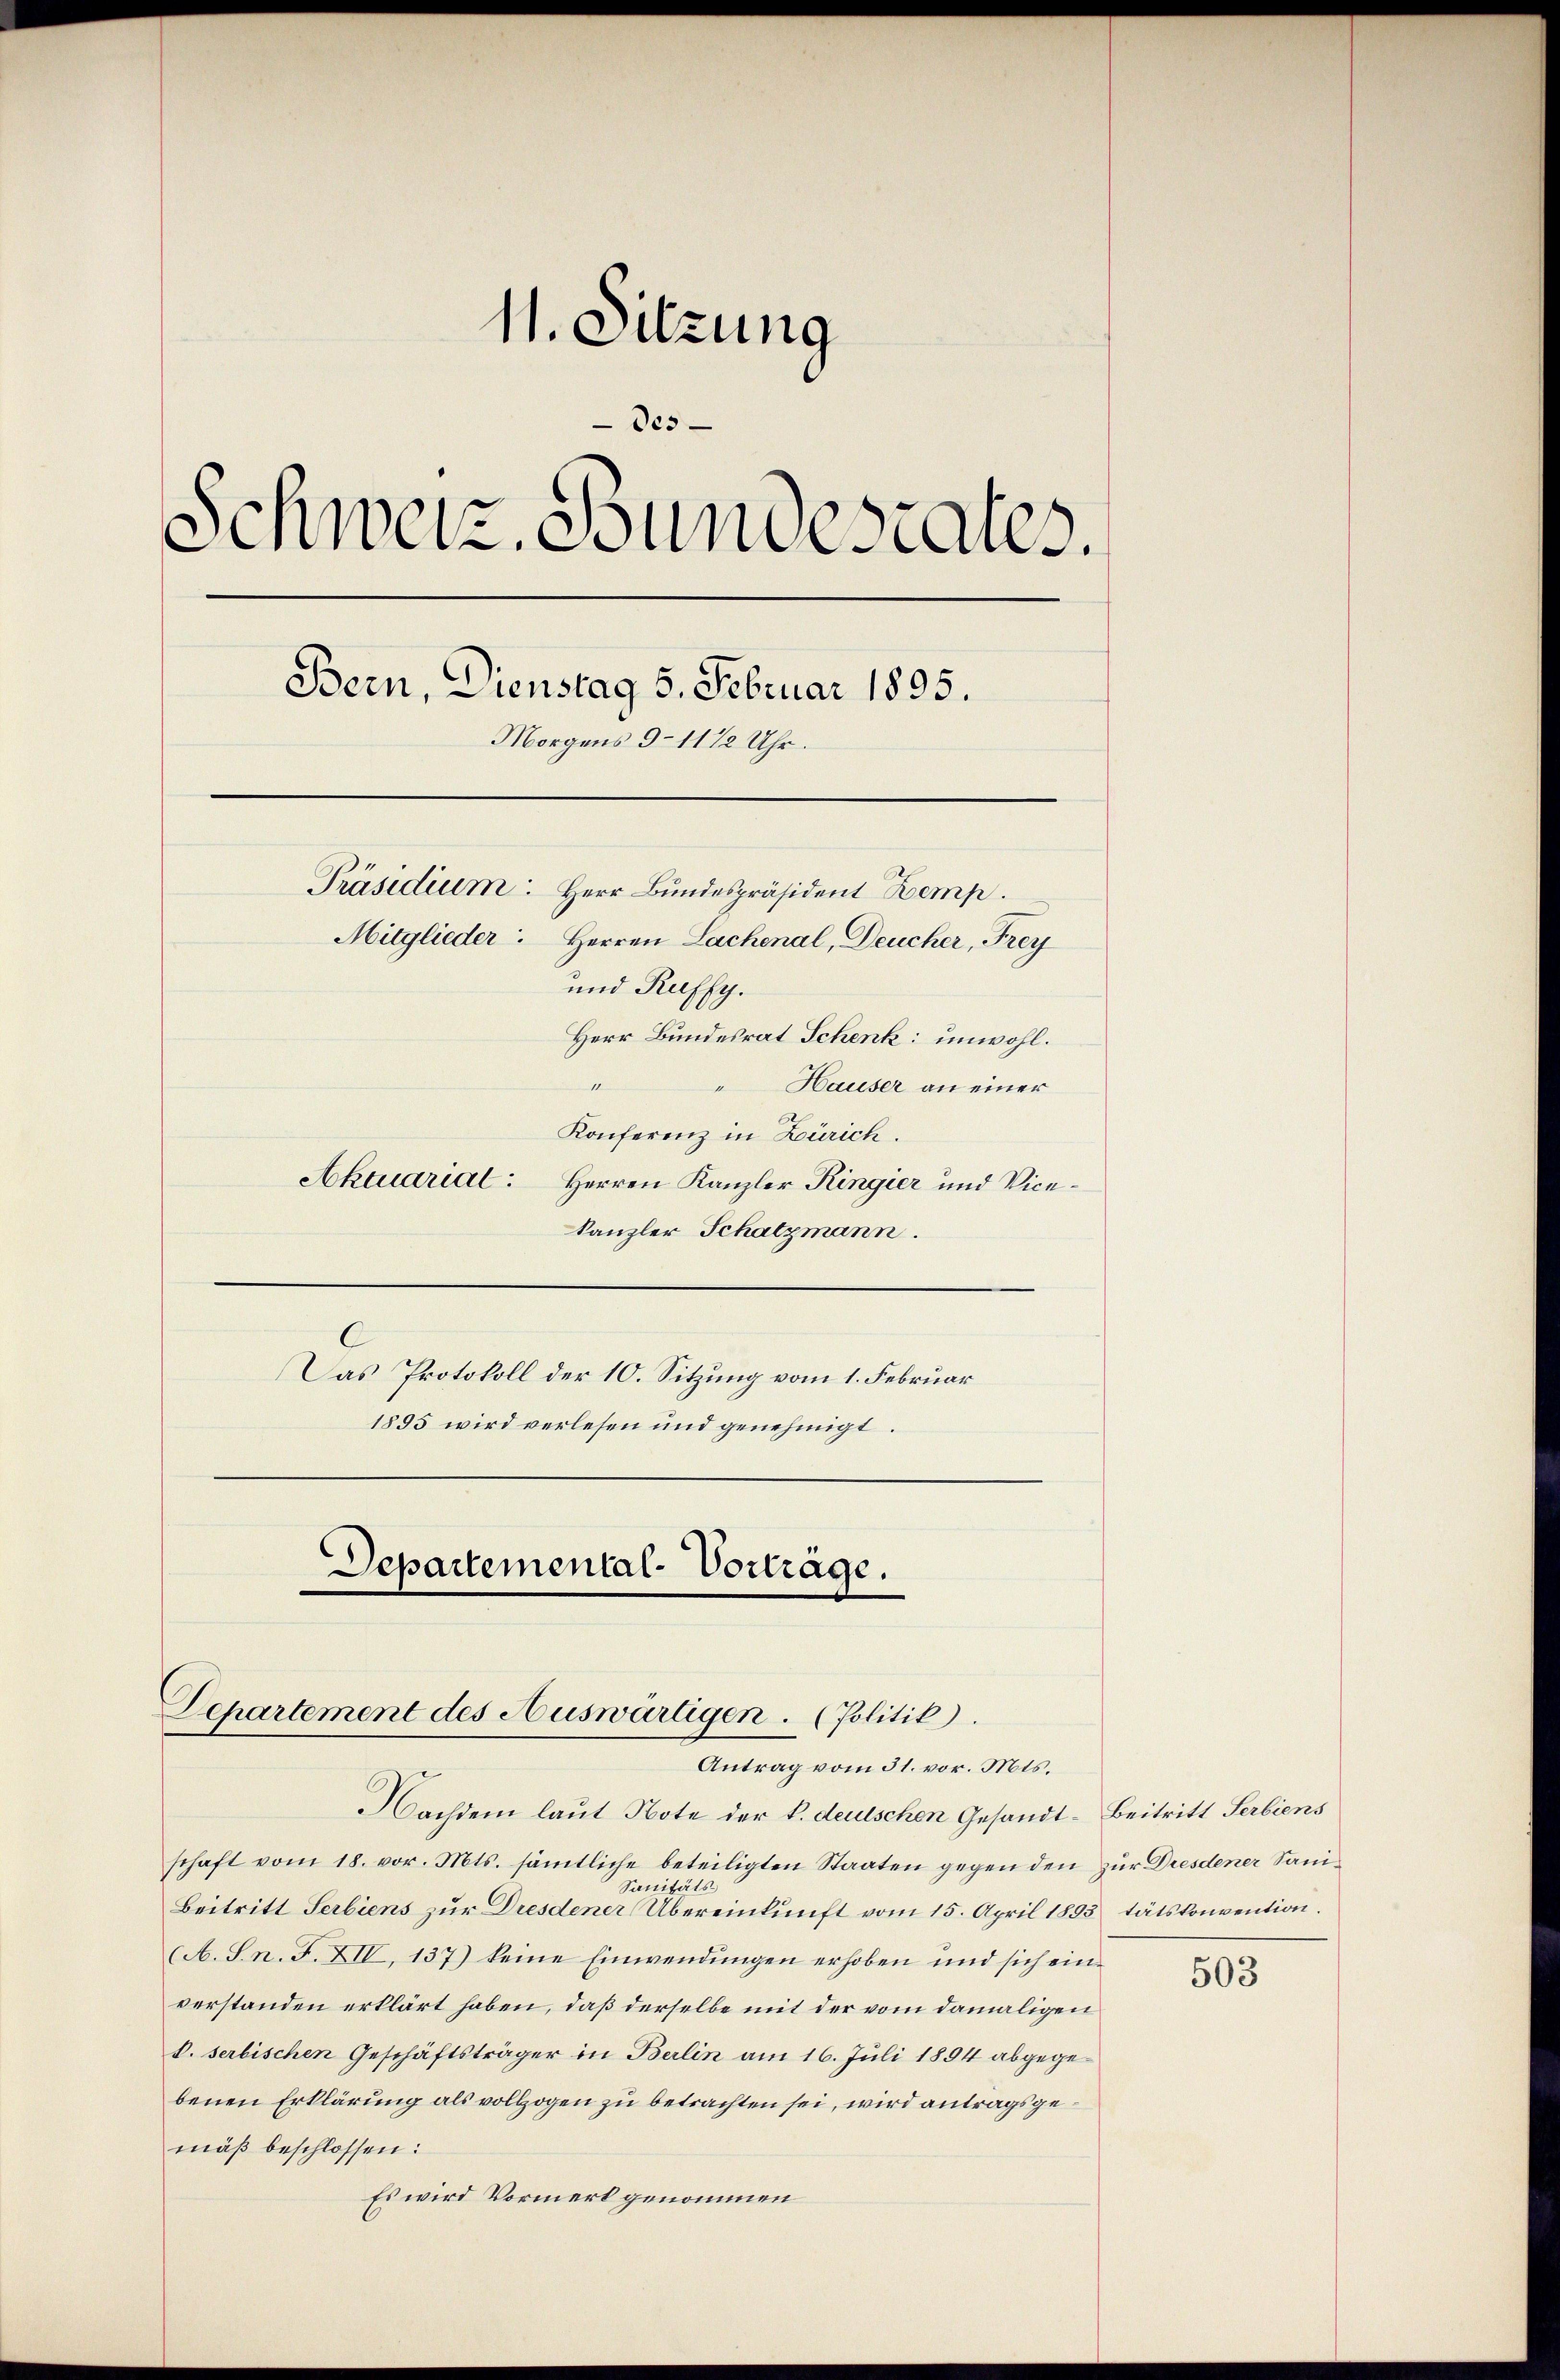
11. Sitzung
Des
Schweiz. Stundescales.
Bern, Dienstag 5. Februar 1895.
Morgens 9-11 1/2 Uhr.
Präsidium. Herr Bundespräsident Kemp
Mitglieder: Herren Lachenal, Deucher, Frey
und Ruffy.
Herr Bundesrat Schenk unwohl.
keiner
 Hauser an einer
Konferenz in Zürich.

Akacarial: Herren Kanzler Ringier und Vicekanzler Schatzmann.
Das Protokoll der 10. Sitzung vom 1. Februar
1895 wird verlesen und genehmigt.

Nachdem laut Note der k. deutschen Gesandt- Beitritt Serbiens
schaft vom 18. vor. Mts. sämtliche beteiligten Staaten gegen den zur Dresdener Sani¬
A 15
Janis
Beitritt Serbiens zur Dresdener Übereinkunft vom 15. April 1893 tätskonvention.
(A. S. n. F. XII, 137) keine Einwendungen erhoben und sich einverstanden erklärt haben, daß derselbe mit der vom damaligen
k. serbischen Geschäftsträger in Berlin am 16. Juli 1894 abgegebenen Erklärung als vollzogen zu betrachten sei, wird antragsgemäß beschlossen:
Es wird Vormerk genommen

Departemental-Vorträge.
Departement des Auswärtigen. (Politik).
Antrag vom 31. vor. Mts.

503